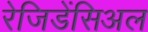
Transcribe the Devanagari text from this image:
रेजिडेंसिअल